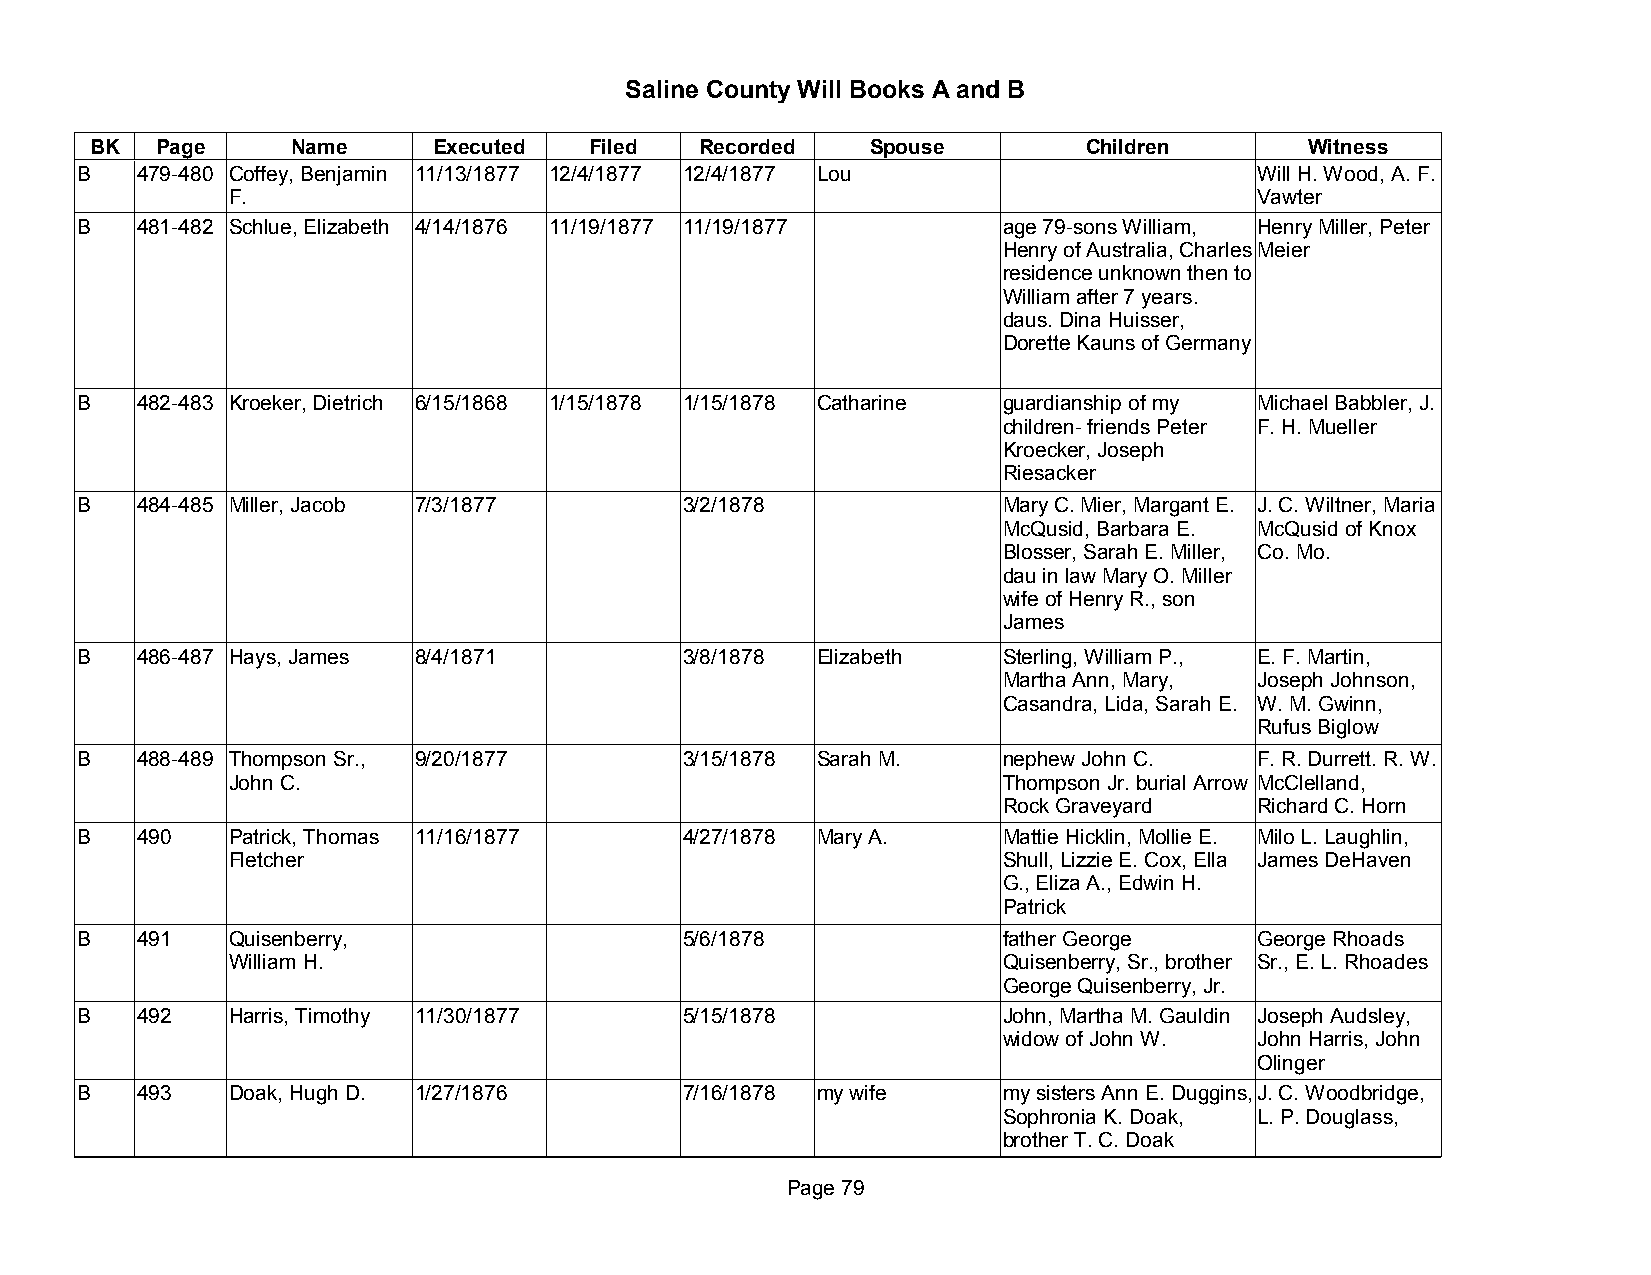
Saline County Will Books A and B
 BK  Page     Name      Executed  Filed  Recorded    Spouse        Children       Witness
 B   479-480 Coffey, Benjamin 11/13/1877 12/4/1877 12/4/1877 Lou               Will H. Wood, A. F.
 F.                                                                  Vawter
 B   481-482 Schlue, Elizabeth 4/14/1876 11/19/1877 11/19/1877 age 79-sons William, Henry Miller, Peter
 Henry of Australia, Charles Meier
 residence unknown then to
 William after 7 years.
 daus. Dina Huisser,
 Dorette Kauns of Germany
 B   482-483 Kroeker, Dietrich 6/15/1868 1/15/1878 1/15/1878 Catharine guardianship of my Michael Babbler, J.
 children- friends Peter F. H. Mueller
 Kroecker, Joseph
 Riesacker
 B   484-485 Miller, Jacob 7/3/1877      3/2/1878             Mary C. Mier, Margant E. J. C. Wiltner, Maria
 McQusid, Barbara E. McQusid of Knox
 Blosser, Sarah E. Miller, Co. Mo.
 dau in law Mary O. Miller
 wife of Henry R., son
 James
 B   486-487 Hays, James 8/4/1871        3/8/1878 Elizabeth   Sterling, William P., E. F. Martin,
 Martha Ann, Mary, Joseph Johnson,
 Casandra, Lida, Sarah E. W. M. Gwinn,
 Rufus Biglow
 B   488-489 Thompson Sr., 9/20/1877     3/15/1878 Sarah M.   nephew John C.   F. R. Durrett. R. W.
 John C.                                            Thompson Jr. burial Arrow McClelland,
 Rock Graveyard   Richard C. Horn
 B   490   Patrick, Thomas 11/16/1877    4/27/1878 Mary A.    Mattie Hicklin, Mollie E. Milo L. Laughlin,
 Fletcher                                           Shull, Lizzie E. Cox, Ella James DeHaven
 G., Eliza A., Edwin H.
 Patrick
 B   491   Quisenberry,                  5/6/1878             father George    George Rhoads
 William H.                                         Quisenberry, Sr., brother Sr., E. L. Rhoades
 George Quisenberry, Jr.
 B   492   Harris, Timothy 11/30/1877    5/15/1878            John, Martha M. Gauldin Joseph Audsley,
 widow of John W. John Harris, John
 Olinger
 B   493   Doak, Hugh D. 1/27/1876       7/16/1878 my wife    my sisters Ann E. Duggins, J. C. Woodbridge,
 Sophronia K. Doak, L. P. Douglass,
 brother T. C. Doak
 Page 79